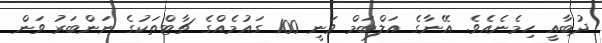
ދުބާއީ ހިމެނެއެވެ. އޭނާގެ އަލްބަމް ވަނީ 100 ގައުމެއްގެ ޗާޓްތަކުގެ ނަންބަރު ވަން